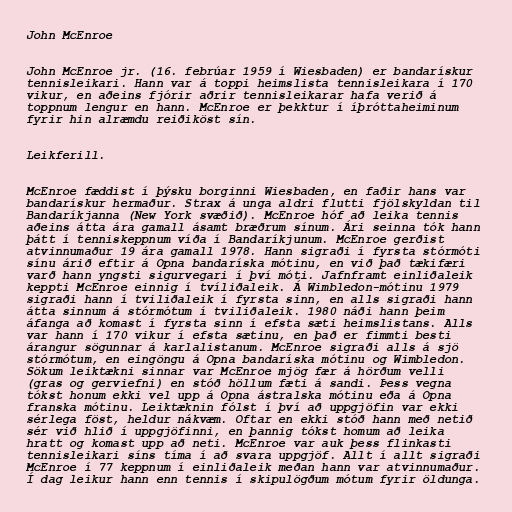
John McEnroe

John McEnroe jr. (16. febrúar 1959 í Wiesbaden) er bandarískur
tennisleikari. Hann var á toppi heimslista tennisleikara í 170
vikur, en aðeins fjórir aðrir tennisleikarar hafa verið á
toppnum lengur en hann. McEnroe er þekktur í íþróttaheiminum
fyrir hin alræmdu reiðiköst sín.

Leikferill.

McEnroe fæddist í þýsku borginni Wiesbaden, en faðir hans var
bandarískur hermaður. Strax á unga aldri flutti fjölskyldan til
Bandaríkjanna (New York svæðið). McEnroe hóf að leika tennis
aðeins átta ára gamall ásamt bræðrum sínum. Ári seinna tók hann
þátt í tenniskeppnum víða í Bandaríkjunum. McEnroe gerðist
atvinnumaður 19 ára gamall 1978. Hann sigraði í fyrsta stórmóti
sínu árið eftir á Opna bandaríska mótinu, en við það tækifæri
varð hann yngsti sigurvegari í því móti. Jafnframt einliðaleik
keppti McEnroe einnig í tvíliðaleik. Á Wimbledon-mótinu 1979
sigraði hann í tviliðaleik í fyrsta sinn, en alls sigraði hann
átta sinnum á stórmótum í tviliðaleik. 1980 náði hann þeim
áfanga að komast í fyrsta sinn í efsta sæti heimslistans. Alls
var hann í 170 vikur í efsta sætinu, en það er fimmti besti
árangur sögunnar á karlalistanum. McEnroe sigraði alls á sjö
stórmótum, en eingöngu á Opna bandaríska mótinu og Wimbledon.
Sökum leiktækni sinnar var McEnroe mjög fær á hörðum velli
(gras og gerviefni) en stóð höllum fæti á sandi. Þess vegna
tókst honum ekki vel upp á Opna ástralska mótinu eða á Opna
franska mótinu. Leiktæknin fólst í því að uppgjöfin var ekki
sérlega föst, heldur nákvæm. Oftar en ekki stóð hann með netið
sér við hlið í uppgjöfinni, en þannig tókst homum að leika
hratt og komast upp að neti. McEnroe var auk þess flinkasti
tennisleikari síns tíma í að svara uppgjöf. Allt í allt sigraði
McEnroe í 77 keppnum í einliðaleik meðan hann var atvinnumaður.
Í dag leikur hann enn tennis í skipulögðum mótum fyrir öldunga.